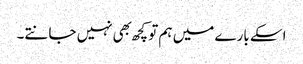
اسکے بارے میں ہم تو کچھ بهی نہیں جانتے۔